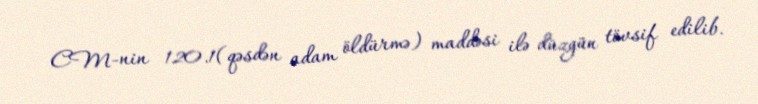
CM-nin 120.1(qəsdən adam öldürmə) maddəsi ilə düzgün tövsif edilib.